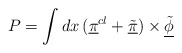
\begin{align*}P=\int dx\,(\underline{\pi}^{cl}+\underline{\tilde\pi})\times\underline{\tilde\phi}\end{align*}